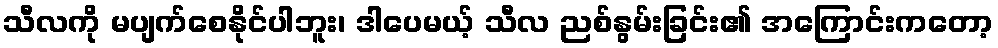
သီလကို မပျက်စေနိုင်ပါဘူး၊ ဒါပေမယ့် သီလ ညစ်နွမ်းခြင်း၏ အကြောင်းကတော့